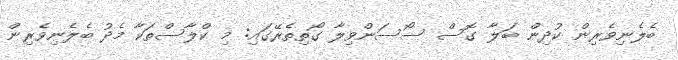
ބެލެނިވެރިން ކުދިން ބަލާ ގޮސް ސޯސަންވިލާ ގޯތިތެރޭގައި: މި ކްލާސްތަކާ މެދު ބެލެނިވެރިން